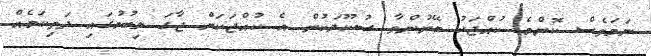
ނަމަވެސް ކޮންމެ ކުއްޖަކު ބޭނުންވާ ސުކޫލަކުން އެ ކުއްޖަކަށް ޖާގަ ލިބުމުގައި ދަތިކަމެއް